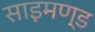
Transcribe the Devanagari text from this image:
साइमण्ड